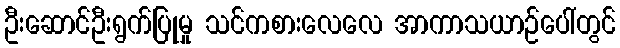
ဦးဆောင်ဦးရွက်ပြုမှု သင်ကစားလေလေ အာကာသယာဉ်ပေါ်တွင်